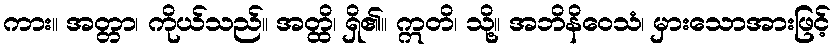
ကား။ အတ္တာ၊ ကိုယ်သည်။ အတ္ထိ၊ ရှိ၏။ ဣတိ၊ သို့။ အဘိနိဝေသံ၊ မှားသောအားဖြင့်